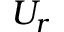
U _ { r }